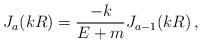
LaTeX: \begin{align*}J_{a}(k R) = \frac{-k}{E+m} J_{a-1}(k R)\,,\end{align*}